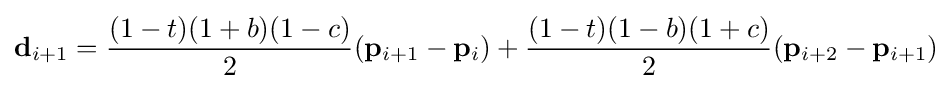
\mathbf {d} _{i+1}={\frac {(1-t)(1+b)(1-c)}{2}}(\mathbf {p} _{i+1}-\mathbf {p} _{i})+{\frac {(1-t)(1-b)(1+c)}{2}}(\mathbf {p} _{i+2}-\mathbf {p} _{i+1})